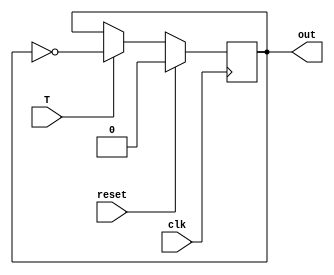
`timescale 1ns / 1ps
//////////////////////////////////////////////////////////////////////////////////
// Company: 
// Engineer: 
// 
// Design Name: 
// Module Name: toggle_ff
// Project Name: 
// Target Devices: 
// Tool Versions: 
// Description: 
// 
// Dependencies: 
// 
// Revision:
// Revision 0.01 - File Created
// Additional Comments:
// 
//////////////////////////////////////////////////////////////////////////////////


module toggle_ff(
    input reset,
    input clk,
    input T,
    output reg out
    );
    
    always@(posedge clk)begin
        if(reset)
            out <= 0;
        else if(T)
            out <= ~out;
    
    end
endmodule